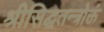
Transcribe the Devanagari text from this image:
श्रीसिद्धतन्त्रोक्तं